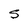
Character: S